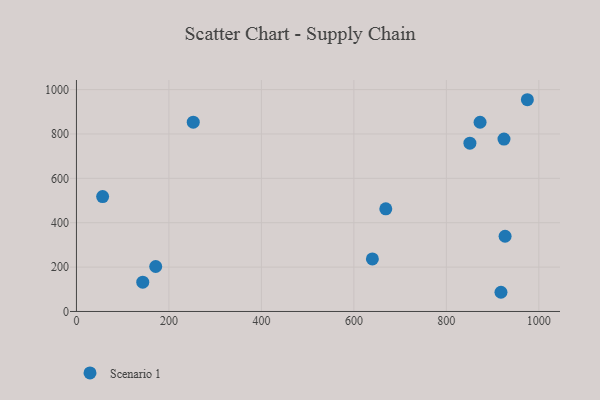
{"axis": {"x": "Price", "y": "Exam Score"}, "legend": ["Scenario 1"], "data": [{"x": "252.6", "y": 853.0, "type": "Scenario 1"}, {"x": "975.2", "y": 954.3, "type": "Scenario 1"}, {"x": "640.0", "y": 237.0, "type": "Scenario 1"}, {"x": "872.9", "y": 852.8, "type": "Scenario 1"}, {"x": "924.6", "y": 777.1, "type": "Scenario 1"}, {"x": "56.6", "y": 517.6, "type": "Scenario 1"}, {"x": "850.9", "y": 758.5, "type": "Scenario 1"}, {"x": "918.1", "y": 86.5, "type": "Scenario 1"}, {"x": "143.4", "y": 131.8, "type": "Scenario 1"}, {"x": "171.4", "y": 202.6, "type": "Scenario 1"}, {"x": "927.0", "y": 338.9, "type": "Scenario 1"}, {"x": "669.0", "y": 462.6, "type": "Scenario 1"}]}